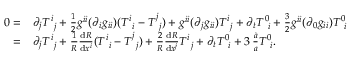
\begin{array} { r l } { 0 = } & { \partial _ { j } T _ { \, \, \, j } ^ { i } + \frac { 1 } { 2 } g ^ { i i } ( \partial _ { i } g _ { i i } ) ( T _ { \, \, \, i } ^ { i } - T _ { \, \, \, j } ^ { j } ) + g ^ { i i } ( \partial _ { j } g _ { i i } ) T _ { \, \, \, j } ^ { i } + \partial _ { t } T _ { \, \, \, i } ^ { 0 } + \frac { 3 } { 2 } g ^ { i i } ( \partial _ { 0 } g _ { i i } ) T _ { \, \, \, i } ^ { 0 } } \\ { = } & { \partial _ { j } T _ { \, \, \, j } ^ { i } + \frac { 1 } { R } \frac { \mathrm { d } R } { \mathrm { d } x ^ { i } } ( T _ { \, \, \, i } ^ { i } - T _ { \, \, \, j } ^ { j } ) + \frac { 2 } { R } \frac { \mathrm { d } R } { \mathrm { d } x ^ { j } } T _ { \, \, \, j } ^ { i } + \partial _ { t } T _ { \, \, \, i } ^ { 0 } + 3 \, \frac { \dot { a } } { a } T _ { \, \, \, i } ^ { 0 } . } \end{array}